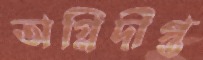
অগ্নিদীপ্ত